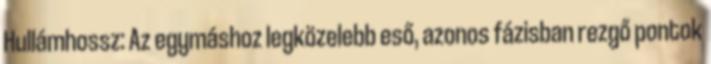
Hullámhossz: Az egymáshoz legközelebb eső, azonos fázisban rezgő pontok